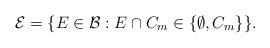
LaTeX: \begin{align*}\mathcal{E} = \{ E\in \mathcal{B} : E\cap C_m \in \{ \emptyset, C_m\}\} . \end{align*}